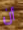
أن